Vital statistics of India. Vol. V, Reports of 1876 on armies & jails and on epidemic cholera
Year: 1876
Disease focus: Cholera
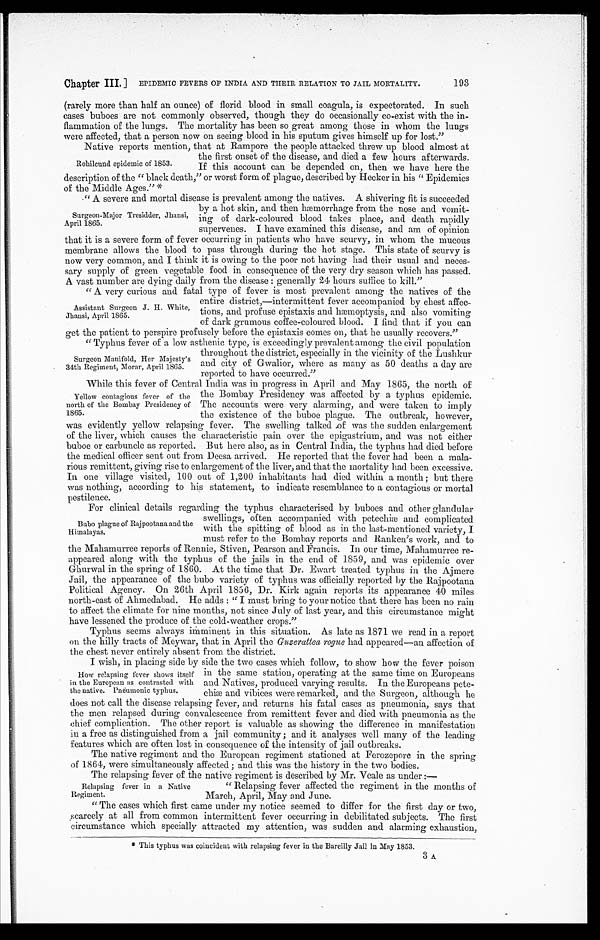
Chapter III. ] EPIDEMIC FEVERS OF INDIA AND THEIR RELATION TO JAIL MORTALITY.
193
(rarely more than half an ounce) of florid blood in small coagula, is expectorated. In such
eases buboes are not commonly observed, though they do occasionally co-exist with the in-
flammation of the lungs. The mortality has been so great among those in whom the lungs
were affected, that a person now on seeing blood in his sputum gives himself up for lost."
Native reports mention, that at Rampore the people attacked threw up blood almost at
the first onset of the disease, and died a few hours afterwards.
If this account can be depended on, then we have here the
description of the "black death," or worst form of plague, described by Hecker in his" Epidemics
of the Middle Ages." *
"A severe and mortal disease is prevalent among the natives. A shivering fit is succeeded
by a hot skin, and then hæmorrhage from the nose and vomit -
ing of dark-coloured blood takes place, and death rapidly
supervenes. I have examined this disease, and am of opinion
that it is a severe form of fever occurring in patients who have scurvy, in whom the mucous
membrane allows the blood to pass through during the hot stage. This state of scurvy is
now very common, and I think it is owing to the poor not having had their usual and neces-
sary supply of green vegetable food in consequence of the very dry season which has passed.
A vsat number are dying daily from the disease: generally 24 hours suffice to kill."
"A very curious and fatal type of fever is most prevalent among the natives of the
entire district,—intermittent fever accompanied by chest affec-
tions, and profuse epistaxis and hæmoptysis, and also vomiting
of dark grumous coffee-coloured blood. I find that if you can
get the patient to perspire profusely before the epistaxis comes on, that he usually recovers."
"Typhus fever of a low asthenic type, is exceedingly prevalent among the civil population
throughout the district, especially in the vicinity of the Lushkur
and city of Gwalior, where as many as 50 deaths a day are
reported to have occurred."
While this fever of Central India was in progress in April and May 1865, the north of
the Bombay Presidency was affected by a typhus epidemic.
The accounts were very alarming, and were taken to imply
the existence of the buboe plague. The outbreak, however,
was evidently yellow relapsing fever. The swelling talked of was the sudden enlargement
of the liver, which causes the characteristic pain over the epigastrium, and was not either
buboe or carbuncle as reported. But here also, as in Central India, the typhus had died before
the medical officer sent out from Deesa arrived. He reported that the fever had been a mala
-
rious remittent, giving rise to enlargement of the liver, and that the mortality had been excessive.
In one village visited, 100 out of 1,200 inhabitants had died within a month; but there
was nothing, according to his statement, to indicate resemblance to a contagious or mortal
pestilence.
For clinical details regarding the typhus characterised by buboes and other glandular
swellings, often accompanied with petechiæ and complicated
with the spitting of blood as in the last-mentioned variety, I
must refer to the Bombay reports and Ranken's work, and to
the Mahamurree reports of Rennie, Stiven, Pearson and Francis. In our time, Mahamurree re -
appeared along with the typhus of the jails in the end of 1859, and was epidemic over
Ghurwal in the spring of 1860. At the time that Dr.Ewart treated typhus in the Ajmere
Jail, the appearance of the bubo variety of typhus was officially reported by the Rajpootana
Political Agency. On 26th April 1836, Dr. Kirk again reports its appearance 40 miles
north-east of Ahmedabad. He adds: "I must bring to your notice that there has been no rain
to affect the climate for nine months, not since July of last year, and this circumstance might
have lessened the produce of the cold-weather crops."
Typhus seems always imminent in this situation. As late as 1871 we read in a report
on the hilly tracts of Meywar, that in April the Guzerattea rogue had appeared—an affection of
the chest, never entirely absent from the district.
I wish, in placing side by side the two cases which follow, to show how the fever poison
in the same station, operating at the same time on Europeans
and Natives, produced varying results. In the Europeans pete-
chiæ and vibices were remarked, and the Surgeon, although he
does not call the disease relapsing fever, and returns his fatal cases as pneumonia, says that
the men relapsed during convalescence from remittent fever and died with pneumonia as the
chief complication. The other report is valuable as showing the difference in manifestation
in a free as distinguished from a jail community; and it analyses well many of the leading
features which are often lost in consequence of the intensity of jail ontbreaks.
The native regiment and the European regiment stationed at Ferozepore in the spring
of 1864, were simultaneously affected and this was the history in the two bodies.
The relapsing fever of the native regiment is described by Mr. Veale as under:—
"Relapsing fever affected the regiment in the months of
March, April, May and June.
" The cases which first came under my notice seemed to differ for the first day or two,
scarcely at all from common intermittent fever occurring in debilitated subjects. The first
circumstance which specially attracted my attention, was sudden and alarming exhaustion,
* This typhus was coincident with relapsing fever in the Bareilly Jail in May 1853.
3 A
Rohilcund epidemic of 1853.
Surgeon-Major Tresidder, Jhansi,
April 1865.
Assistant Surgeon J. H. White,
Jhansi, April 1865.
Surgeon Manifold, Her Majesty's
34th Regiment, Morar, April 1865.
Yellow contagious fever of the
north of the Bombay Presidency of
1865.
Bubo plague of Rajpootana and the
Himalayas.
How relapsing fever shows itself
in the European as contrasted with
the native. Pneumonic typhus.
Relapsing fever in a Native
Regiment.